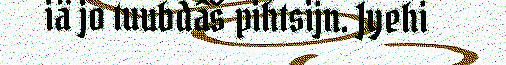
iä jo tuubdâš pihtsijn. Jyehi